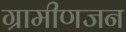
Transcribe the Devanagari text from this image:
ग्रामीणजन